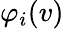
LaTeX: \varphi_{i}(v)